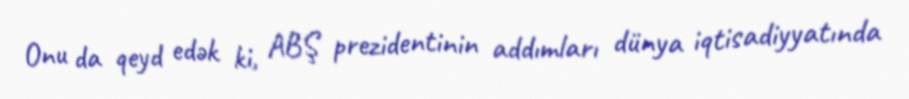
Onu da qeyd edək ki, ABŞ prezidentinin addımları dünya iqtisadiyyatında